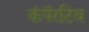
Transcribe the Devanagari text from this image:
कंपॅरटिव